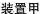
11(考点2)为研究酵母菌在不同情况下的呼吸作用，某同